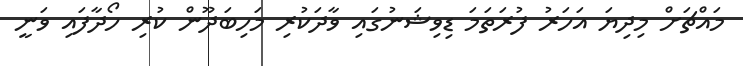
މައްޗަށް މިދިޔަ އަހަރު ފުރަތަމަ ޑިވިޝަނުގައި ވާދަކުރި މަހިބަދޫން ކުރި ހޯދާފައި ވަނީ